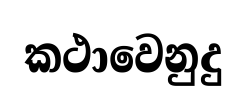
කථාවෙනුදු